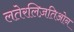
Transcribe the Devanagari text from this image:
लतेरलिज़तिओन